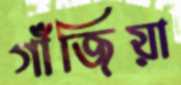
গাঁজিয়া